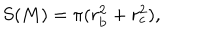
LaTeX: S ( M ) = \pi ( r _ { \mathrm { b } } ^ { 2 } + r _ { \mathrm { c } } ^ { 2 } ) ,